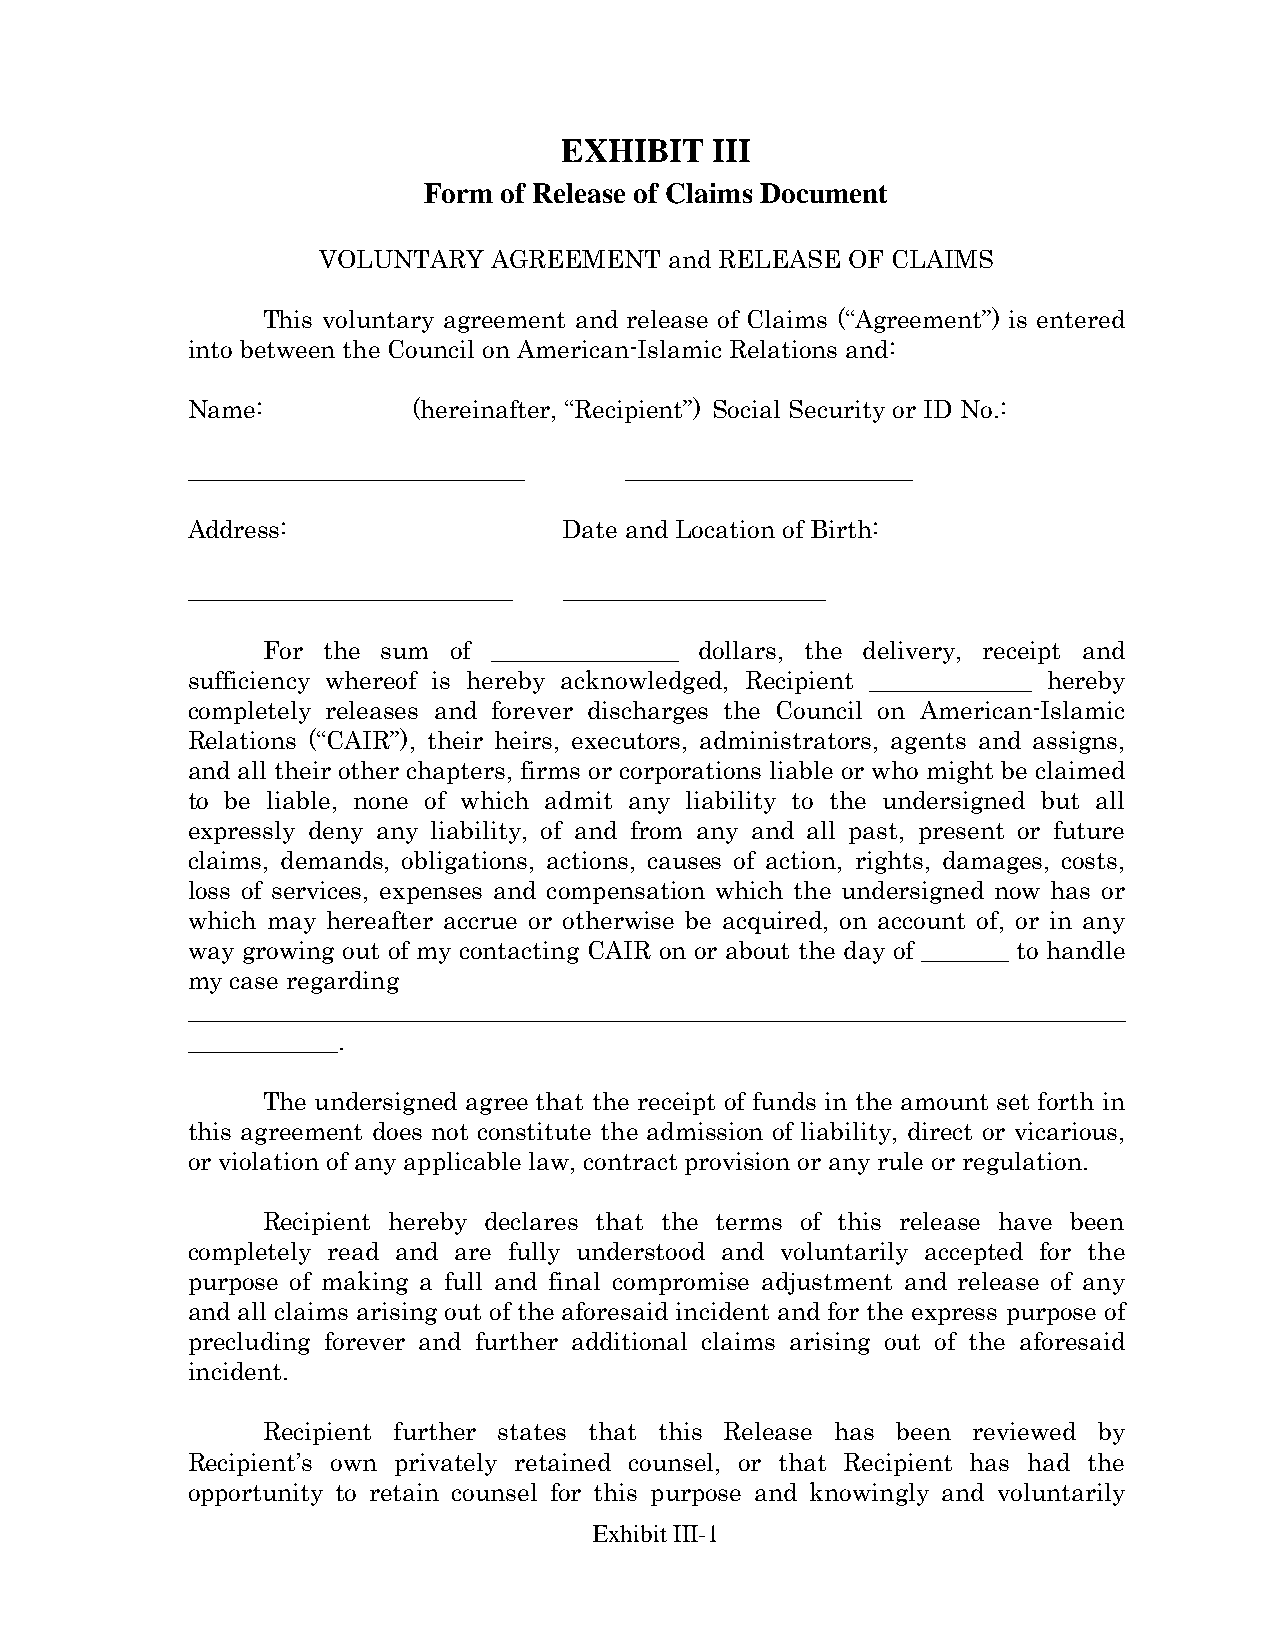
EXHIBIT   III
 Form of Release of Claims Document
 VOLUNTARY   AGREEMENT  and RELEASE OF CLAIMS
 This voluntary agreement and release of Claims (“Agreement”) is entered
 into between the Council on American-Islamic Relations and:
 Name:          (hereinafter, “Recipient”) Social Security or ID No.:
 ___________________________  _______________________
 Address:                 Date and Location of Birth:
 __________________________ _____________________
 For the sum  of _______________ dollars, the delivery, receipt and
 sufficiency whereof is hereby acknowledged, Recipient _____________ hereby
 completely releases and forever discharges the Council on American-Islamic
 Relations (“CAIR”), their heirs, executors, administrators, agents and assigns,
 and all their other chapters, firms or corporations liable or who might be claimed
 to be liable, none of which admit any liability to the undersigned but all
 expressly deny any liability, of and from any and all past, present or future
 claims, demands, obligations, actions, causes of action, rights, damages, costs,
 loss of services, expenses and compensation which the undersigned now has or
 which may hereafter accrue or otherwise be acquired, on account of, or in any
 way growing out of my contacting CAIR on or about the day of _______ to handle
 my case regarding
 ___________________________________________________________________________
 ____________.
 The undersigned agree that the receipt of funds in the amount set forth in
 this agreement does not constitute the admission of liability, direct or vicarious,
 or violation of any applicable law, contract provision or any rule or regulation.
 Recipient hereby declares that the terms of this release have been
 completely read and are fully understood and voluntarily accepted for the
 purpose of making a full and final compromise adjustment and release of any
 and all claims arising out of the aforesaid incident and for the express purpose of
 precluding forever and further additional claims arising out of the aforesaid
 incident.
 Recipient further states that this Release has been reviewed by
 Recipient’s own privately retained counsel, or that Recipient has had the
 opportunity to retain counsel for this purpose and knowingly and voluntarily
 Exhibit III-1